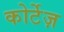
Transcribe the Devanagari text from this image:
कोर्टेज़